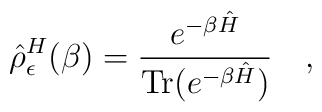
\hat{\rho}^H_\epsilon(\beta)={e^{-\beta \hat{H}} \over	\mbox{Tr}(e^{-\beta \hat{H}}) }~~~,